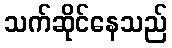
သက်ဆိုင်နေသည်